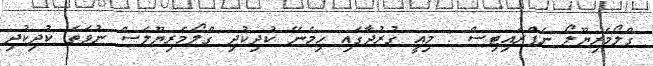
ގްލޯމެރިޔޫލޯ ނެފްރައިޓިސް : މިއީ ގުރުދާގައި ހިމެނޭ ކުދިކުދި ގްލޯމެރިޔޫލަސް ނުވަތަ ކުދިކުދި